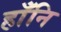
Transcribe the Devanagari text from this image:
हाँनि